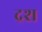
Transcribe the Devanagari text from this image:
द्रश